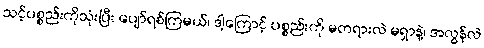
သင့်ပစ္စည်းကိုသုံးပြီး ပျော်ရစ်ကြမယ်၊ ဒါ့ကြောင့် ပစ္စည်းကို မတရားလဲ မရှာနဲ့၊ အလွန်လဲ